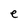
Character: e